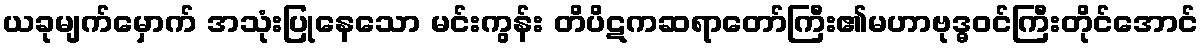
ယခုမျက်မှောက် အသုံးပြုနေသော မင်းကွန်း တိပိဋကဆရာတော်ကြီး၏မဟာဗုဒ္ဓဝင်ကြီးတိုင်အောင်